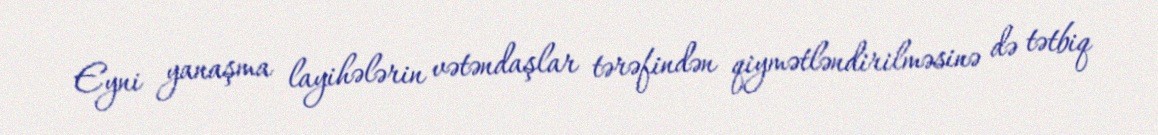
Eyni yanaşma layihələrin vətəndaşlar tərəfindən qiymətləndirilməsinə də tətbiq